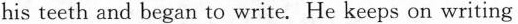
his teeth and began to write. He keeps on writing